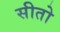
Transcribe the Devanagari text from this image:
सीतो